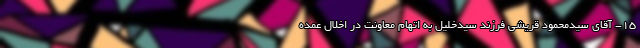
۱۵- آقای سیدمحمود قریشی فرزند سیدخلیل به اتهام معاونت در اخلال عمده